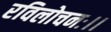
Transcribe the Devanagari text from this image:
रविलोचनः।।